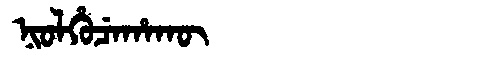
Manchu: ᠨᡳᠣᠯᡥᡠᠴᡝᡥᠠᡴᡡ
Romanization: NIOLHUCEHAKŪ